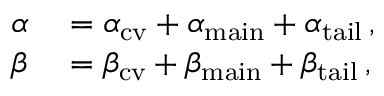
\begin{array} { r l } { \alpha } & { { } = \alpha _ { \mathrm { { c v } } } + \alpha _ { \mathrm { { m a i n } } } + \alpha _ { \mathrm { { t a i l } } } \, , } \\ { \beta } & { { } = \beta _ { \mathrm { { c v } } } + \beta _ { \mathrm { { m a i n } } } + \beta _ { \mathrm { { t a i l } } } \, , } \end{array}